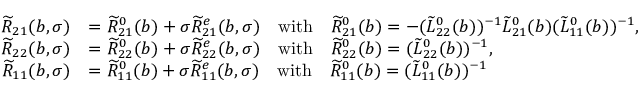
\begin{array} { r l } { \widetilde { R } _ { 2 1 } ( b , \sigma ) } & { = \widetilde { R } _ { 2 1 } ^ { 0 } ( b ) + \sigma \widetilde { R } _ { 2 1 } ^ { e } ( b , \sigma ) \quad \mathrm { w i t h } \quad \widetilde { R } _ { 2 1 } ^ { 0 } ( b ) = - ( \widetilde { L } _ { 2 2 } ^ { 0 } ( b ) ) ^ { - 1 } \widetilde { L } _ { 2 1 } ^ { 0 } ( b ) ( \widetilde { L } _ { 1 1 } ^ { 0 } ( b ) ) ^ { - 1 } , } \\ { \widetilde { R } _ { 2 2 } ( b , \sigma ) } & { = \widetilde { R } _ { 2 2 } ^ { 0 } ( b ) + \sigma \widetilde { R } _ { 2 2 } ^ { e } ( b , \sigma ) \quad \mathrm { w i t h } \quad \widetilde { R } _ { 2 2 } ^ { 0 } ( b ) = ( \widetilde { L } _ { 2 2 } ^ { 0 } ( b ) ) ^ { - 1 } , } \\ { \widetilde { R } _ { 1 1 } ( b , \sigma ) } & { = \widetilde { R } _ { 1 1 } ^ { 0 } ( b ) + \sigma \widetilde { R } _ { 1 1 } ^ { e } ( b , \sigma ) \quad \mathrm { w i t h } \quad \widetilde { R } _ { 1 1 } ^ { 0 } ( b ) = ( \widetilde { L } _ { 1 1 } ^ { 0 } ( b ) ) ^ { - 1 } } \end{array}